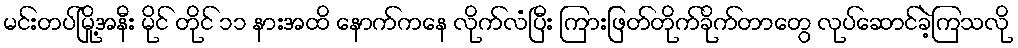
မင်းတပ်မြို့အနီး မိုင် တိုင် ၁၁ နားအထိ နောက်ကနေ လိုက်လံပြီး ကြားဖြတ်တိုက်ခိုက်တာတွေ လုပ်ဆောင်ခဲ့ကြသလို